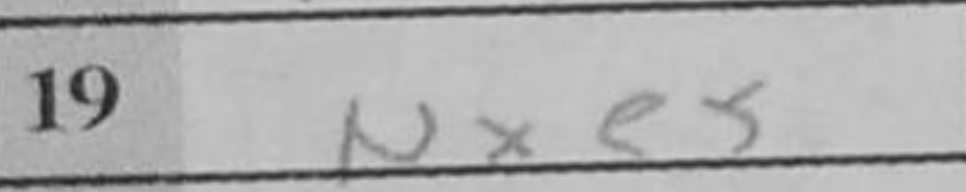
Transcription: Nxe5